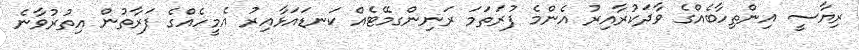
ރިޔާސީ އިންތިހާބެއްގެ ވާދަކުރާއިރު އެންމެ ފުރަތަމަ ރަނިންގމޭޓެއް ކަނޑައަޅާއިރު އެމީހެއްގެ ފަރާތުން އިތުރުވާނެ